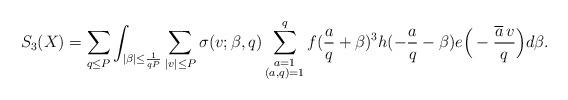
LaTeX: \begin{align*}S_3(X)=\sum_{q\le P}\int_{|\beta|\le\frac{1}{qP}}\sum_{|v|\le P}\sigma(v;\beta,q)\sum_{\substack{a=1\\(a,q)=1}}^qf(\frac{a}{q}+\beta)^3h(-\frac{a}{q}-\beta)e\Big(-\frac{\overline{a}\,v}{q}\Big)d\beta.\end{align*}